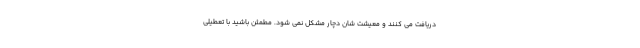
دریافت می کنند و معیشت شان دچار مشکل نمی شود. مطمئن باشید با تعطیلی